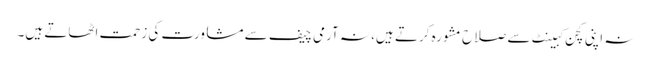
نہ اپنی کچن کبینٹ سے صلاح مشورہ کرتے ہیں، نہ آرمی چیف سے مشاورت کی زحمت اٹھاتے ہیں۔